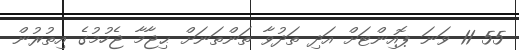
55 11 ވަނަ ޕޮއިންޓަށް އަދި ތަދުވާ ތަންތަނަށް ޙިޖާމާ ޖެހުމުގެ އިތުރުން